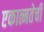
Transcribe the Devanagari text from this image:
एकात्मतेची